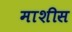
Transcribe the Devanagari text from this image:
माशीस